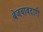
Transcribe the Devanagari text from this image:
बेजबाबदारी